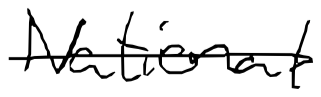
Text: National
Cross-out: single-line
Writing tool: digital_black